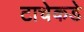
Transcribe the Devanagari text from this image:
टाचेकडे